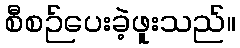
စီစဉ်ပေးခဲ့ဖူးသည်။